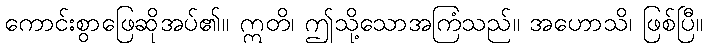
ကောင်းစွာဖြေဆိုအပ်၏။ ဣတိ၊ ဤသို့သောအကြံသည်။ အဟောသိ၊ ဖြစ်ပြီ။